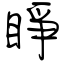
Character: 睜